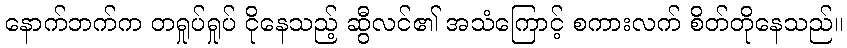
နောက်ဘက်က တရှုပ်ရှုပ် ငိုနေသည့် ဆွီလင်၏ အသံကြောင့် စကားလက် စိတ်တိုနေသည်။